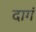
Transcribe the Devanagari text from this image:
दागं